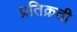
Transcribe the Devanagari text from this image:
प्रतिक्रती